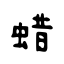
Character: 蜡